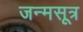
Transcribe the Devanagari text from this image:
जन्मसूत्र